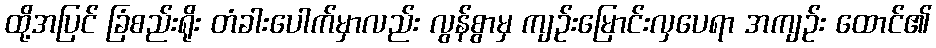
ထို့အပြင် ခြံစည်းရိုး တံခါးပေါက်မှာလည်း လွန်စွာမှ ကျဉ်းမြောင်းလှပေရာ အကျဉ်း ထောင်၏